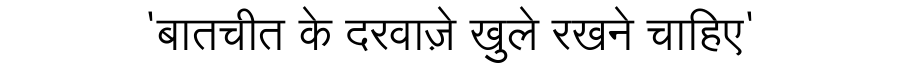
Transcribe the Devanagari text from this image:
'बातचीत के दरवाज़े खुले रखने चाहिए'